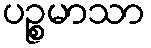
ပဉ္စမာသာ